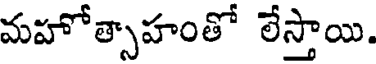
మహోత్సాహంతో లేస్తాయి.